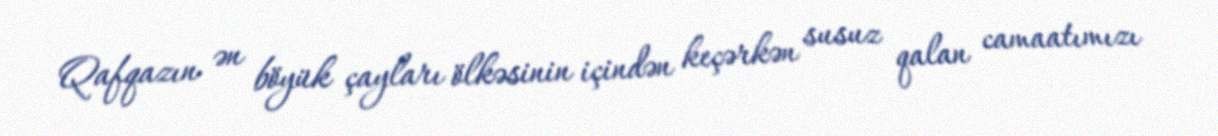
Qafqazın ən böyük çayları ölkəsinin içindən keçərkən susuz qalan camaatımızı